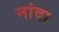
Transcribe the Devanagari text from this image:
नांदा